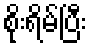
စိုးရိမ်ပြီး